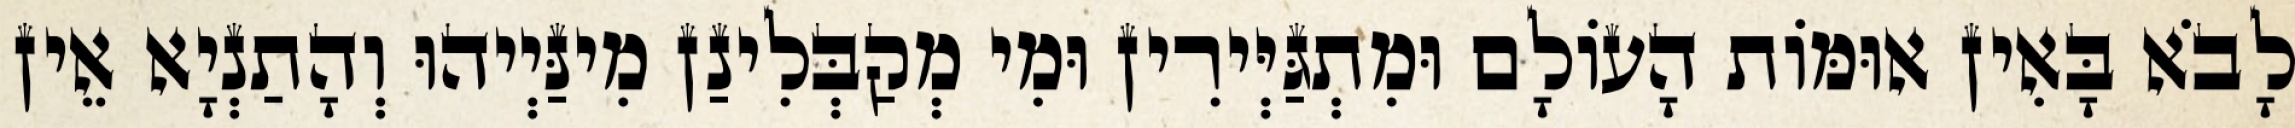
לָבֹא בָּאִין אוּמּוֹת הָעוֹלָם וּמִתְגַּיְּירִין וּמִי מְקַבְּלִינַן מִינַּיְיהוּ וְהָתַנְיָא אֵין